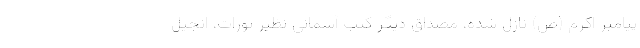
پیامبر اکرم (ص) نازل شده، مصداق دیگر کتب آسمانی نظیر تورات، انجیل